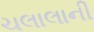
ચલાલાની